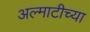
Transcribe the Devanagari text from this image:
अल्माटीच्या